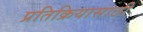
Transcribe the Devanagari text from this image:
प्रतिक्रियासाठी